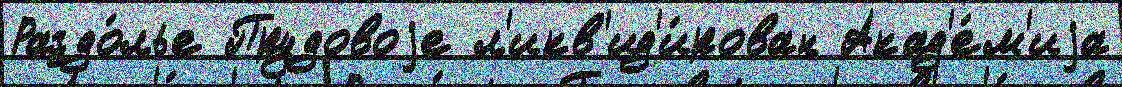
Раздо́лье Прудовоjе л'икв'ид'и́рован Акад'е́м'иjа